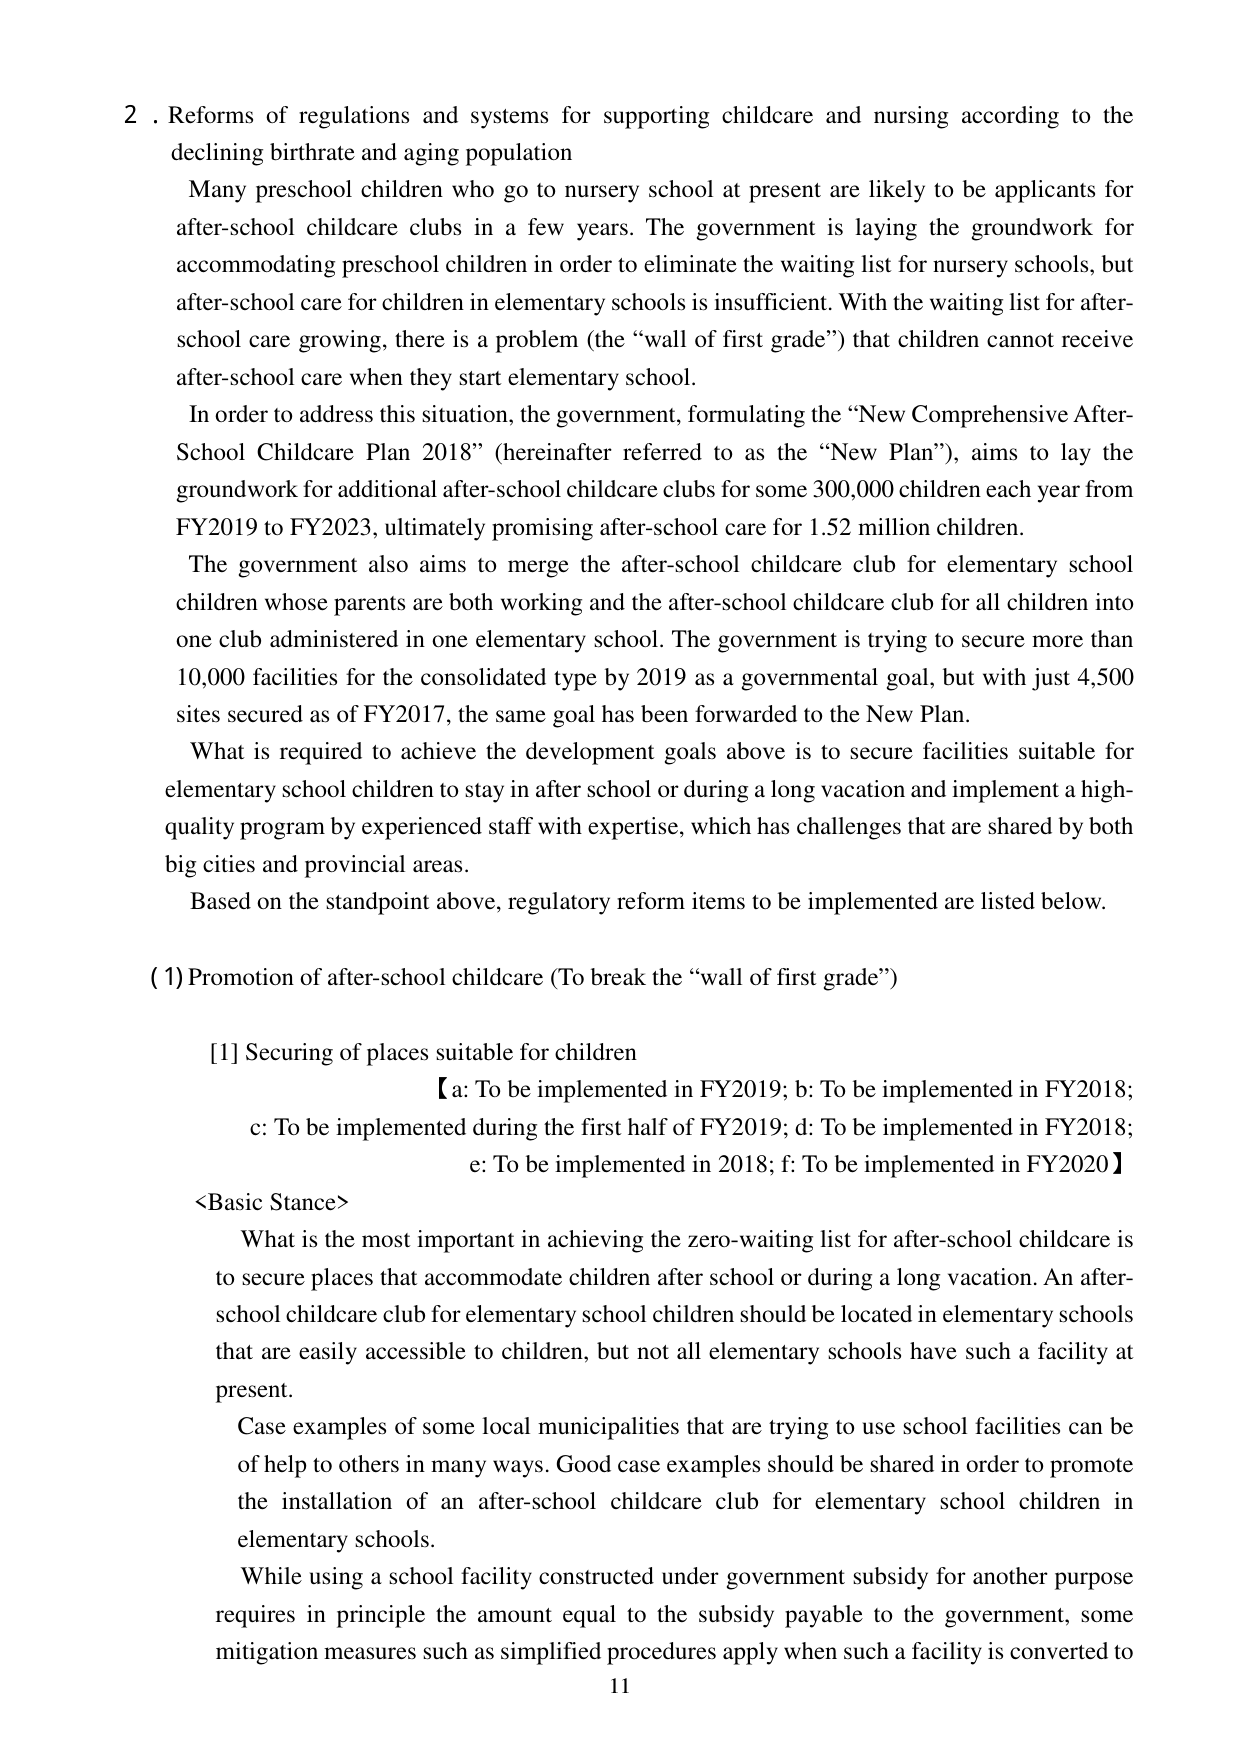
2. Reforms of regulations and systems for supporting childcare and nursing according to the declining birthrate and aging population

Many preschool children who go to nursery school at present are likely to be applicants for after-school childcare clubs in a few years. The government is laying the groundwork for accommodating preschool children in order to eliminate the waiting list for nursery schools, but after-school care for children in elementary schools is insufficient. With the waiting list for after-school care growing, there is a problem (the “wall of first grade”) that children cannot receive after-school care when they start elementary school.

In order to address this situation, the government, formulating the “New Comprehensive After-School Childcare Plan 2018” (hereinafter referred to as the “New Plan”), aims to lay the groundwork for additional after-school childcare clubs for some 300,000 children each year from FY2019 to FY2023, ultimately promising after-school care for 1.52 million children.

The government also aims to merge the after-school childcare club for elementary school children whose parents are both working and the after-school childcare club for all children into one club administered in one elementary school. The government is trying to secure more than 10,000 facilities for the consolidated type by 2019 as a governmental goal, but with just 4,500 sites secured as of FY2017, the same goal has been forwarded to the New Plan.

What is required to achieve the development goals above is to secure facilities suitable for elementary school children to stay in after school or during a long vacation and implement a high-quality program by experienced staff with expertise, which has challenges that are shared by both big cities and provincial areas.

Based on the standpoint above, regulatory reform items to be implemented are listed below.

(1) Promotion of after-school childcare (To break the “wall of first grade”)

[1] Securing of places suitable for children
【a: To be implemented in FY2019; b: To be implemented in FY2018; c: To be implemented during the first half of FY2019; d: To be implemented in FY2018; e: To be implemented in 2018; f: To be implemented in FY2020】

<Basic Stance>
What is the most important in achieving the zero-waiting list for after-school childcare is to secure places that accommodate children after school or during a long vacation. An after-school childcare club for elementary school children should be located in elementary schools that are easily accessible to children, but not all elementary schools have such a facility at present.

Case examples of some local municipalities that are trying to use school facilities can be of help to others in many ways. Good case examples should be shared in order to promote the installation of an after-school childcare club for elementary school children in elementary schools.

While using a school facility constructed under government subsidy for another purpose requires in principle the amount equal to the subsidy payable to the government, some mitigation measures such as simplified procedures apply when such a facility is converted to

11